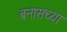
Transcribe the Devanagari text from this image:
बनासच्या